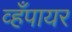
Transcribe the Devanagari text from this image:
व्हँपायर